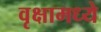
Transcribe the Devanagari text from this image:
वृक्षामध्ये